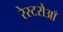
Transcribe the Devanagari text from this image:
रेस्टरौआँ